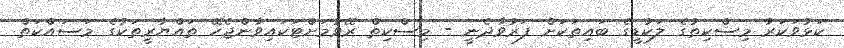
ކަޅުވަކަރު މިސްކިތުގެ ލަކުޑީގެ ބައިތަކަށް ފަރުވާދެނީ - މިސްކިތް ރޭވުމަށްޓަކައިވާންޖެހޭ ތައްޔާރީތަކުގެ މަސައްކަތް